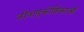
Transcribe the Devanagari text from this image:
जीवाणुकोशिकाओं